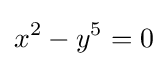
x^{2}-y^{5}=0